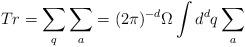
LaTeX: \begin{align*}Tr = \sum_q\sum_a =(2\pi)^{-d}\Omega\int{d}^{d}q\sum_a\end{align*}